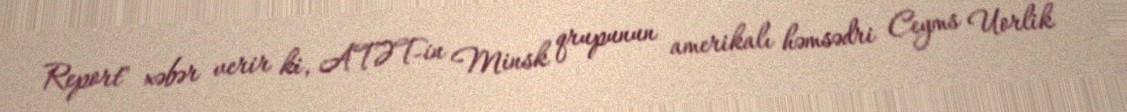
Report" xəbər verir ki, ATƏT-in Minsk qrupunun amerikalı həmsədri Ceyms Uorlik